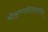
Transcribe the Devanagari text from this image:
श्रीकृष्णलीलावर्णन